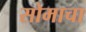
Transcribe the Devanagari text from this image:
सोमाचा